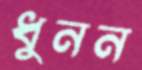
ধুনন